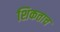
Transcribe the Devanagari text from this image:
शिकताच